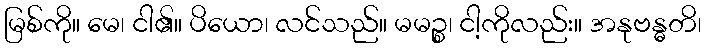
မြစ်ကို။ မေ၊ ငါ၏။ ပိယော၊ လင်သည်။ မမဉ္စ၊ ငါ့ကိုလည်း။ အနုဗန္ဓတိ၊